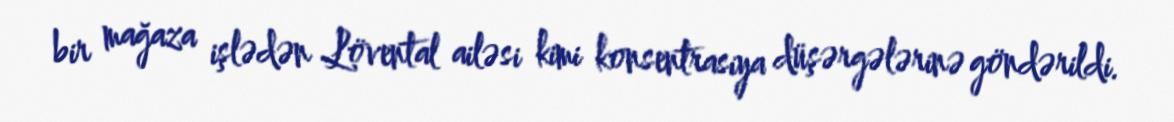
bir mağaza işlədən Lövental ailəsi kimi konsentrasiya düşərgələrinə göndərildi.